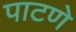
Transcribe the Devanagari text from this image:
पाटणे